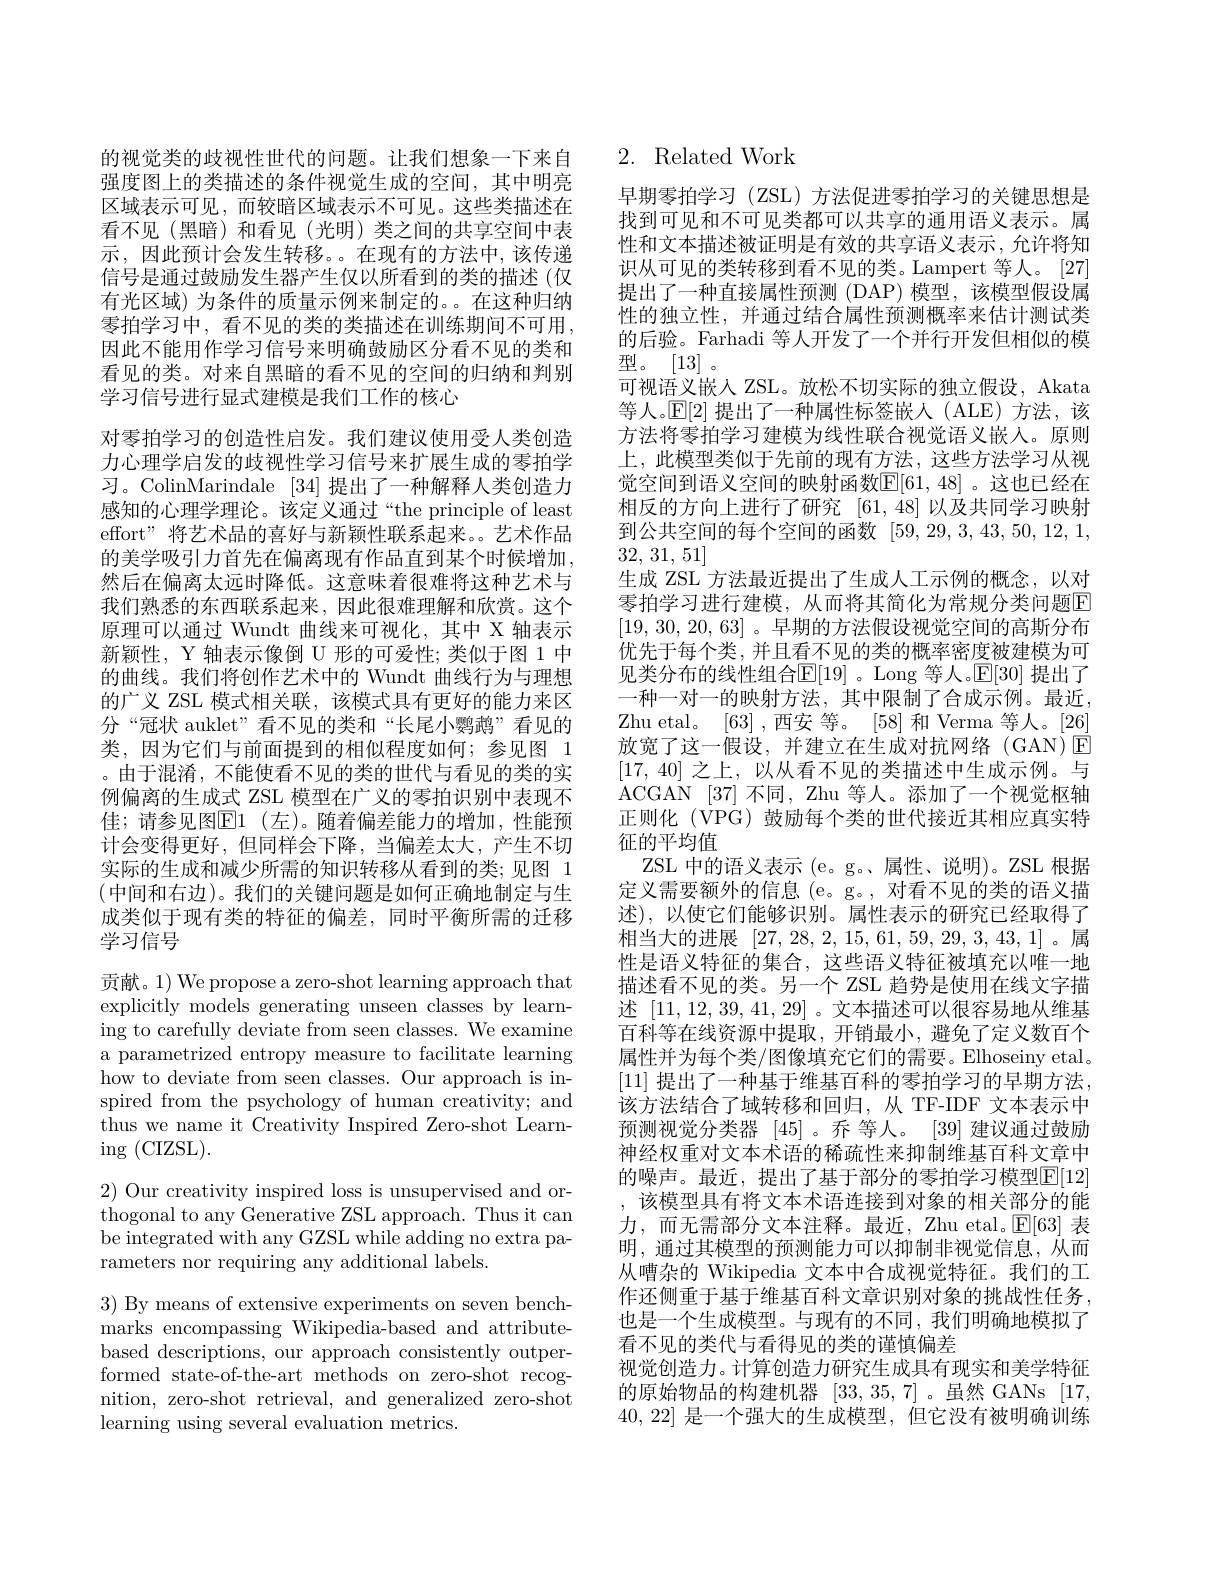
的视觉类的歧视性世代的问题。让我们想象一下来自强度图上的类描述的条件视觉生成的空间，其中明亮区域表示可见，而较暗区域表示不可见。这些类描述在看不见(黑暗)和看见(光明)类之间的共享空间中表示，因此预计会发生转移。在现有的方法中，该传递信号是通过鼓励发生器产生仅以所看到的类的描述(仅有光区域) 为条件的质量示例来制定的。在这种归纳零拍学习中，看不见的类的类描述在训练期间不可用， 因此不能用作学习信号来明确鼓励区分看不见的类和看见的类。对来自黑暗的看不见的空间的归纳和判别学习信号进行显式建模是我们工作的核心
对零拍学习的创造性启发。我们建议使用受人类创造力心理学启发的歧视性学习信号来扩展生成的零拍学习。ColinMarindale [34]提出了一种解释人类创造力感知的心理学理论。该定义通过“the principle of least effort”将艺术品的喜好与新颖性联系起来。艺术作品的美学吸引力首先在偏离现有作品直到某个时候增加， 然后在偏离太远时降低。这意味着很难将这种艺术与我们熟悉的东西联系起来，因此很难理解和欣赏。这个原理可以通过 Wundt 曲线来可视化，其中 X 轴表示新颖性，Y 轴表示像倒 U 形的可爱性；类似于图 1 中的曲线。我们将创作艺术中的 Wundt 曲线行为与理想的广义 ZSL 模式相关联，该模式具有更好的能力来区分“冠状 auklet”看不见的类和“长尾小鹦鹉”看见的类，因为它们与前面提到的相似程度如何；参见图 1 。由于混淆，不能使看不见的类的世代与看见的类的实例偏离的生成式 ZSL 模型在广义的零拍识别中表现不佳；请参见图$\mathbb{E}1$(左)。随着偏差能力的增加，性能预计会变得更好，但同样会下降，当偏差太大，产生不切实际的生成和减少所需的知识转移从看到的类；见图 1 (中间和右边)。我们的关键问题是如何正确地制定与生成类似于现有类的特征的偏差，同时平衡所需的迁移学习信号
贡献。1) We propose a zero-shot learning approach that

explicitly models generating unseen classes by learning to carefully deviate from seen classes. We examine a parametrized entropy measure to facilitate learning how to deviate from seen classes. Our approach is inspired from the psychology of human creativity; and thus we name it Creativity Inspired Zero-shot Learn- $\operatorname{ing}($CIZSL).

2) Our creativity inspired loss is unsupervised and orthogonal to any Generative ZSL approach. Thus it can be integrated with any GZSL while adding no extra parameters nor requiring any additional labels.

3) By means of extensive experiments on seven benchmarks encompassing Wikipedia-based and attributebased descriptions, our approach consistently outperformed state-of-the-art methods on zero-shot recognition, zero-shot retrieval, and generalized zero-shot learning using several evaluation metrics.

## 2. Related Work

早期零拍学习(ZSL)方法促进零拍学习的关键思想是找到可见和不可见类都可以共享的通用语义表示。属性和文本描述被证明是有效的共享语义表示，允许将知识从可见的类转移到看不见的类。Lampert 等人。[27] 提出了一种直接属性预测 (DAP) 模型，该模型假设属性的独立性，并通过结合属性预测概率来估计测试类的后验。Farhadi 等人开发了一个并行开发但相似的模型。[13]。
可视语义嵌人 ZSL。放松不切实际的独立假设，Akata 等人。$\mathbb{E}[2]$提出了一种属性标签嵌人(ALE)方法，该方法将零拍学习建模为线性联合视觉语义嵌入。原则上，此模型类似于先前的现有方法，这些方法学习从视觉空间到语义空间的映射函数$\mathbb{E}[61,48]$。这也已经在相反的方向上进行了研究[61,48]以及共同学习映射到公共空间的每个空间的函数[59,29,3,43,50,12,1, 32, 31, 51
生成 ZSL 方法最近提出了生成人工示例的概念，以对零拍学习进行建模，从而将其简化为常规分类问题E [19,30,20,63]。早期的方法假设视觉空间的高斯分布优先于每个类，并且看不见的类的概率密度被建模为可见类分布的线性组合$\mathbb{E}[19]$ 。Long 等人。$\mathbb{E}[30]$ 提出了一种一对一的映射方法，其中限制了合成示例。最近Zhu etal。[63],西安 等。[58]和 Verma 等人。[26] 放宽了这一假设，并建立在生成对抗网络(GAN)E [17,40]之上，以从看不见的类描述中生成示例。与ACGAN [37] 不同，Zhu 等人。添加了一个视觉枢轴正则化 (VPG) 鼓励每个类的世代接近其相应真实特征的平均值
ZSL 中的语义表示 (e。g。属性、说明)。ZSL 根据定义需要额外的信息 (e。g。, 对看不见的类的语义描述),以使它们能够识别。属性表示的研究已经取得了相当大的进展[27,28,2,15,61,59,29,3,43,1] 。属性是语义特征的集合，这些语义特征被填充以唯一地描述看不见的类。另一个 ZSL 趋势是使用在线文字描述[11,12,39,41,29]。文本描述可以很容易地从维基百科等在线资源中提取，开销最小，避免了定义数百个属性并为每个类/图像填充它们的需要。Elhoseiny etal。[11]提出了一种基于维基百科的零拍学习的早期方法， 该方法结合了域转移和回归，从 TF-IDF 文本表示中预测视觉分类器[45] 。乔 等人。[39]建议通过鼓励神经权重对文本术语的稀疏性来抑制维基百科文章中的噪声。最近，提出了基于部分的零拍学习模型$\mathbb{E}[12]$ ,该模型具有将文本术语连接到对象的相关部分的能力，而无需部分文本注释。最近，Zhu etal。$\mathbb{E}[63]$表明，通过其模型的预测能力可以抑制非视觉信息，从而从嘈杂的 Wikipedia 文本中合成视觉特征。我们的工作还侧重于基于维基百科文章识别对象的挑战性任务， 也是一个生成模型。与现有的不同，我们明确地模拟了看不见的类代与看得见的类的谨慎偏差
视觉创造力。计算创造力研究生成具有现实和美学特征的原始物品的构建机器[33,35,7] 。虽然 GANs [17, 40,22]是一个强大的生成模型，但它没有被明确训练